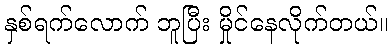
နှစ်ရက်လောက် ဘူပြီး မှိုင်နေလိုက်တယ်။